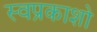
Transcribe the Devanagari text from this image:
स्वप्रकाशो